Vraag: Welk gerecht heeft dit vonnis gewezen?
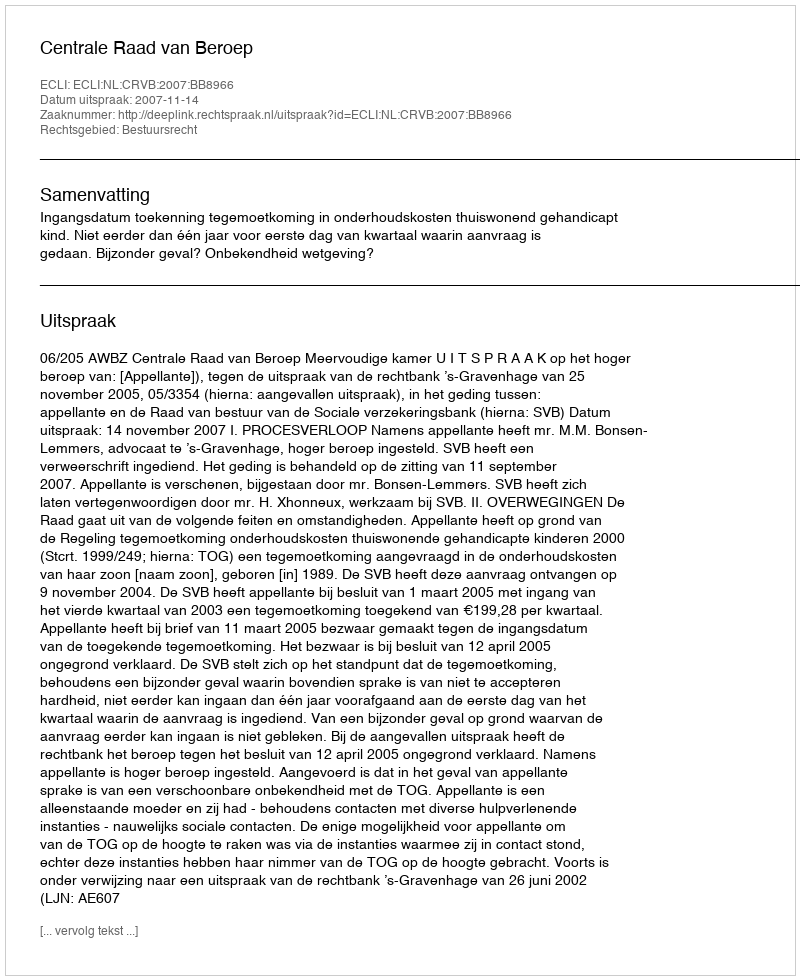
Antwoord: Centrale Raad van Beroep